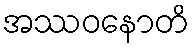
အဿဝနောတိ